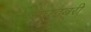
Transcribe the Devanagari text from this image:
बाघडबरी